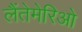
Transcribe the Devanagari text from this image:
लैंतेमेरिओ